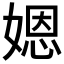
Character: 𡟯